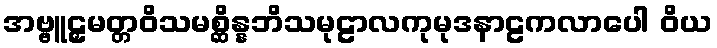
အဗ္ဗူဠှမတ္တဝိသမစ္ဆိန္နဘိသမုဠာလကုမုဒနာဠကလာပေါ ဝိယ